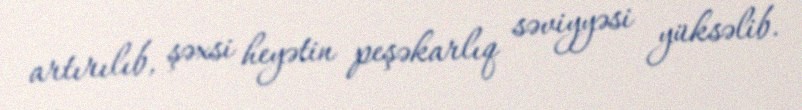
artırılıb, şəxsi heyətin peşəkarlıq səviyyəsi yüksəlib.